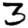
Digit: 3